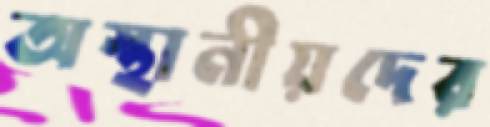
অস্থানীয়দের